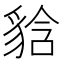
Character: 𧳘